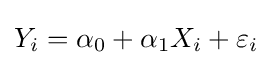
Y_{i}=\alpha _{0}+\alpha _{1}X_{i}+\varepsilon _{i}